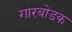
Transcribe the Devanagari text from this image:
गारबोडक